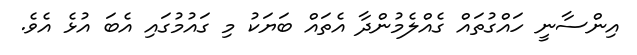
އިންސާނީ ހައްގުތައް ގެއްލެމުންދާ އެތައް ބަޔަކު މި ގައުމުގައި އެބަ އުޅެ އެވެ.